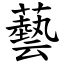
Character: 藝